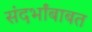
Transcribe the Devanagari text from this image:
संदर्भांबाबत